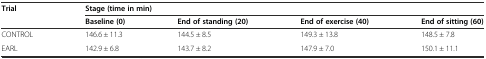
| <ROWSPAN=2> Trial | <COLSPAN=4> Stage (time in min) |
 | Baseline (0) | End of standing (20) | End of exercise (40) | End of sitting (60) |
 | --- | --- | --- | --- | --- |
 | CONTROL | 146.6 ± 11.3 | 144.5 ± 8.5 | 149.3 ± 13.8 | 148.5 ± 7.8 |
 | EARL | 142.9 ± 6.8 | 143.7 ± 8.2 | 147.9 ± 7.0 | 150.1 ± 11.1 |